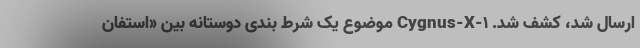
ارسال شد، کشف شد. Cygnus-X-۱ موضوع یک شرط بندی دوستانه بین «استفان